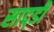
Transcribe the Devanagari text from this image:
साद्डी